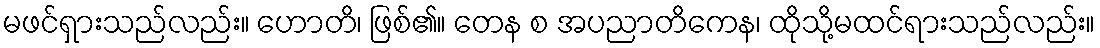
မဖင်ရှားသည်လည်း။ ဟောတိ၊ ဖြစ်၏။ တေန စ အပညာတိကေန၊ ထိုသို့မထင်ရားသည်လည်း။